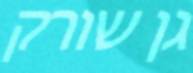
גן שורק